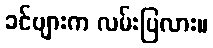
ခင်ဗျားက လမ်းပြလား။